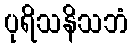
ပုရိသနိသဘံ